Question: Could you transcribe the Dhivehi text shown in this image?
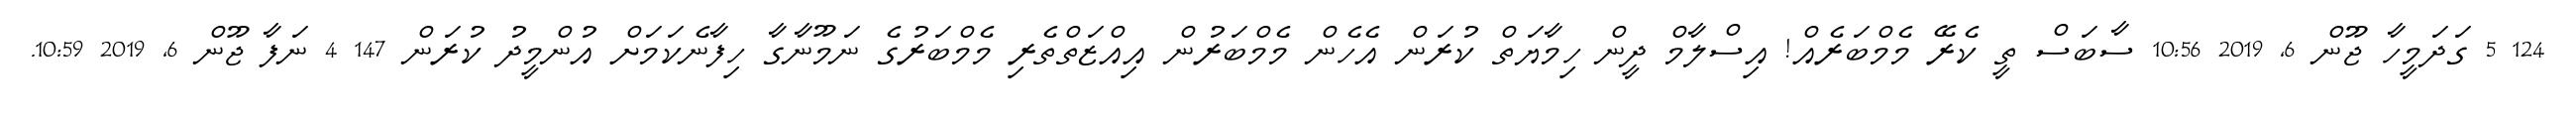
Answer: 124 5 ގަދަމީހާ ޖޫން 6, 2019 10:56 ސާބަސް ތީ ކެރޭ މެމްބަރެއް! އިސްލާމް ދީން ހިމާޔަތް ކުރަން އެހެން މެމްބަރުން އިއްޒަތްތެރި މެމްބަރުގެ ނަމޫނާގާ ހިފާނެކަމަށް އުންމީދު ކުރަން 147 4 ނަފާ ޖޫން 6, 2019 10:59.